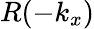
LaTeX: R(-k_{x})